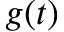
g ( t )